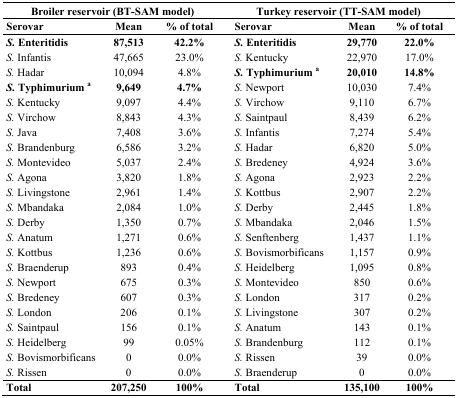
<table><thead><tr><td colspan="3"><b>Broiler reservoir (BT-SAM model)</b></td><td colspan="3"><b>Turkey reservoir (TT-SAM model)</b></td></tr><tr><td><b>Serovar</b></td><td><b>Mean </b></td><td><b>% of total</b></td><td><b>Serovar</b></td><td><b>Mean</b></td><td><b>% of total</b></td></tr></thead><tbody><tr><td><b><i>S.</i> Enteritidis</b></td><td><b>87,513</b></td><td><b>42.2%</b></td><td><b><i>S.</i> Enteritidis</b></td><td><b>29,770</b></td><td><b>22.0%</b></td></tr><tr><td><i>S.</i> Infantis</td><td>47,665</td><td>23.0%</td><td><i>S.</i> Kentucky</td><td>22,970</td><td>17.0%</td></tr><tr><td><i>S.</i> Hadar</td><td>10,094</td><td>4.8%</td><td><b><i>S.</i> Typhimurium <sup>a</sup></b></td><td><b>20,010</b></td><td><b>14.8%</b></td></tr><tr><td><b><i>S.</i> Typhimurium <sup>a</sup></b></td><td><b>9,649</b></td><td><b>4.7%</b></td><td><i>S.</i> Newport</td><td>10,030</td><td>7.4%</td></tr><tr><td><i>S.</i> Kentucky</td><td>9,097</td><td>4.4%</td><td><i>S.</i> Virchow</td><td>9,110</td><td>6.7%</td></tr><tr><td><i>S.</i> Virchow</td><td>8,843</td><td>4.3%</td><td><i>S.</i> Saintpaul</td><td>8,439</td><td>6.2%</td></tr><tr><td><i>S.</i> Java</td><td>7,408</td><td>3.6%</td><td><i>S.</i> Infantis</td><td>7,274</td><td>5.4%</td></tr><tr><td><i>S.</i> Brandenburg</td><td>6,586</td><td>3.2%</td><td><i>S.</i> Hadar</td><td>6,820</td><td>5.0%</td></tr><tr><td><i>S.</i> Montevideo</td><td>5,037</td><td>2.4%</td><td><i>S.</i> Bredeney</td><td>4,924</td><td>3.6%</td></tr><tr><td><i>S.</i> Agona</td><td>3,820</td><td>1.8%</td><td><i>S.</i> Agona</td><td>2,923</td><td>2.2%</td></tr><tr><td><i>S.</i> Livingstone</td><td>2,961</td><td>1.4%</td><td><i>S.</i> Kottbus</td><td>2,907</td><td>2.2%</td></tr><tr><td><i>S.</i> Mbandaka</td><td>2,084</td><td>1.0%</td><td><i>S.</i> Derby</td><td>2,445</td><td>1.8%</td></tr><tr><td><i>S.</i> Derby</td><td>1,350</td><td>0.7%</td><td><i>S.</i> Mbandaka</td><td>2,046</td><td>1.5%</td></tr><tr><td><i>S.</i> Anatum</td><td>1,271</td><td>0.6%</td><td><i>S.</i> Senftenberg</td><td>1,437</td><td>1.1%</td></tr><tr><td><i>S.</i> Kottbus</td><td>1,236</td><td>0.6%</td><td><i>S.</i> Bovismorbificans</td><td>1,157</td><td>0.9%</td></tr><tr><td><i>S.</i> Braenderup</td><td>893</td><td>0.4%</td><td><i>S.</i> Heidelberg</td><td>1,095</td><td>0.8%</td></tr><tr><td><i>S.</i> Newport</td><td>675</td><td>0.3%</td><td><i>S.</i> Montevideo</td><td>850</td><td>0.6%</td></tr><tr><td><i>S.</i> Bredeney</td><td>607</td><td>0.3%</td><td><i>S.</i> London</td><td>317</td><td>0.2%</td></tr><tr><td><i>S.</i> London</td><td>206</td><td>0.1%</td><td><i>S.</i> Livingstone</td><td>307</td><td>0.2%</td></tr><tr><td><i>S.</i> Saintpaul</td><td>156</td><td>0.1%</td><td><i>S.</i> Anatum</td><td>143</td><td>0.1%</td></tr><tr><td><i>S.</i> Heidelberg</td><td>99</td><td>0.05%</td><td><i>S.</i> Brandenburg</td><td>112</td><td>0.1%</td></tr><tr><td><i>S.</i> Bovismorbificans</td><td>0</td><td>0.0%</td><td><i>S.</i> Rissen</td><td>39</td><td>0.0%</td></tr><tr><td><i>S.</i> Rissen</td><td>0</td><td>0.0%</td><td><i>S.</i> Braenderup</td><td>0</td><td>0.0%</td></tr><tr><td><b>Total</b></td><td><b>207,250</b></td><td><b>100%</b></td><td><b>Total</b></td><td><b>135,100</b></td><td><b>100%</b></td></tr></tbody></table>